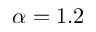
\alpha = 1 . 2